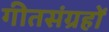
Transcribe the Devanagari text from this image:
गीतसंग्रहों